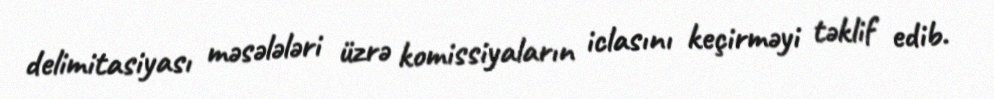
delimitasiyası məsələləri üzrə komissiyaların iclasını keçirməyi təklif edib.